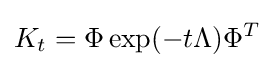
K_{t}=\Phi \exp(-t\Lambda )\Phi ^{T}